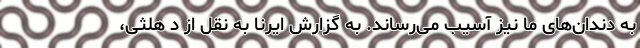
به دندان‌های ما نیز آسیب می‌رساند. به گزارش ایرنا به نقل از د هلثی،